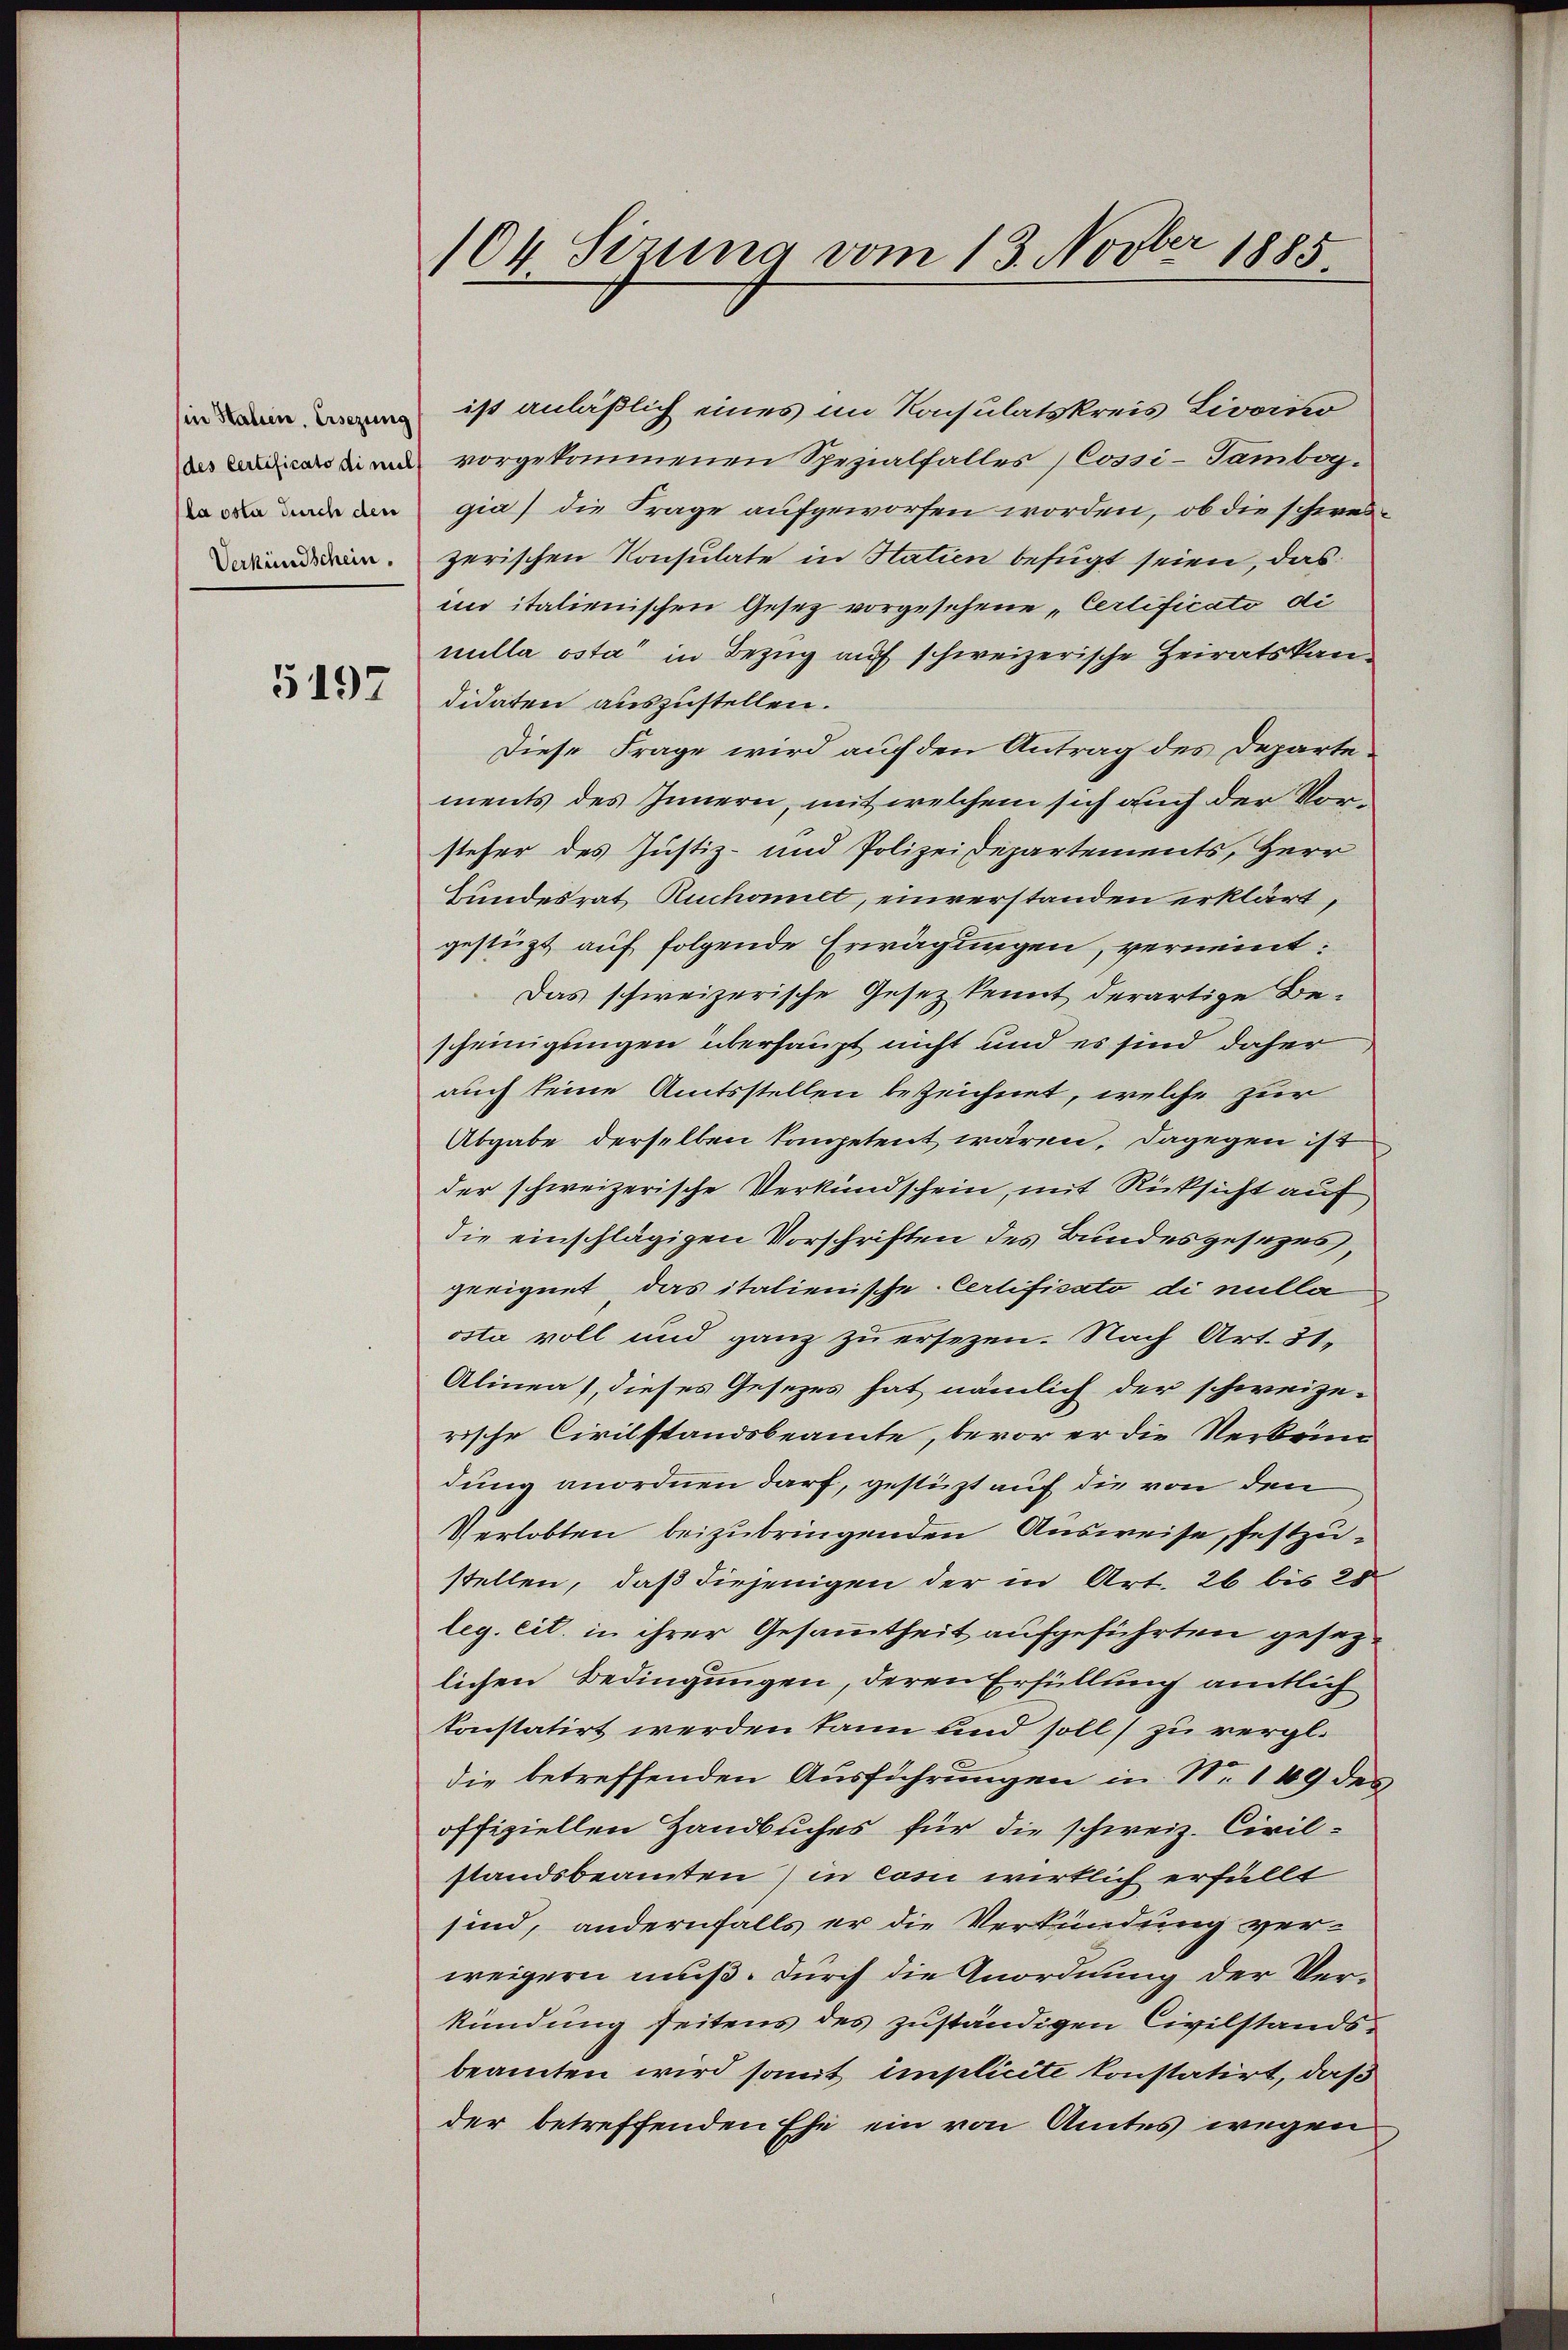
in Haben. Ersezung
(la vota durch den
Verkündschein.

5197

104 Sizina vom 13. Novber 1885

ist anläßlich eines im Konsulatskreis Livorno
 nnd vorgekommenen Spezialfalles (Cossi-Tambog-
gia) die Frage aufgeworfen worden, ob die schweizerischen Konsulate in Statien befugt seien, das
ind italienischen Gesetz vorgesehene „Certificato di
nulla osta in Bezug auf schweizerische Heiratskandidaten auszustellen.
Diese Frage wird auf den Antrag des Departe
ments des Innern, mit welchem sich auch der Vorsteher des Justiz- und Polizeidepartements, Herr
Bundesrat Ruchomiet, einverstanden erklärt,
gestüzt auf folgende Erwägungen, verneint:
Das schweizerische Gesetz kennt derartige Bescheinigungen überhaupt nicht und es sind daher
auch seine Amtsstellen bezeichnet, welche zur
Abgabe derselben kompetent wären, dagegen ist
der schweizerische Verkundschein, mit Rücksicht auf
die einschlägigen Vorschriften des Bundesgesezes,
geeignet, das italienische Certificato di nulla
osta voll und ganz zu ersezen. Nach Art. 31.
Alinen), dieses Gesetzes hat nämlich der schweizerische Civilstandsbeamte, bevor er die Verbrin
dung anordnen darf, gestüzt auf die von den
Verlobten beizubringenden Ausweise, festzustellen, daß diejenigen der in Art. 26 bis 25
leg. cit. in ihrer Gesammtheit aufgeführten gesezlichen Bedingungen, deren Erfüllung amtlich
konstatirt werden kann und soll) zu vergl.
die betreffenden Ausführungen in No. 149 des
offiziellen Handbuches für die schweiz. Civilstandsbeamten) in con wirklich erfüllt
sind, andernfalls er die Verkündung ver-
weigern muß. Durch die Anordnung der Verkündung seitens des zuständigen Civilstandsbeamten wird somit implicite konstatirt, daß
der betreffenden Ehe ein von Amtes wegen